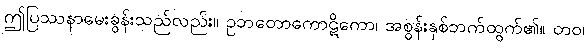
ဤပြဿနာမေးခွန်းသည်လည်း။ ဥဘတောကောဋိကော၊ အစွန်းနှစ်ဘက်ထွက်၏။ တဝ၊